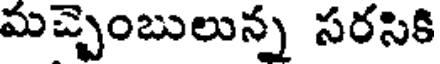
మచ్చెంబులున్న సరసికి